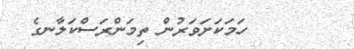
٩٦       ހަމަކަށަވަރުން ތިމަންރަސްކަލާނގެ